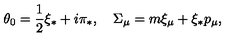
\theta _ { 0 } = \frac { 1 } { 2 } \xi _ { * } + i \pi _ { * } , \quad \Sigma _ { \mu } = m \xi _ { \mu } + \xi _ { * } p _ { \mu } ,